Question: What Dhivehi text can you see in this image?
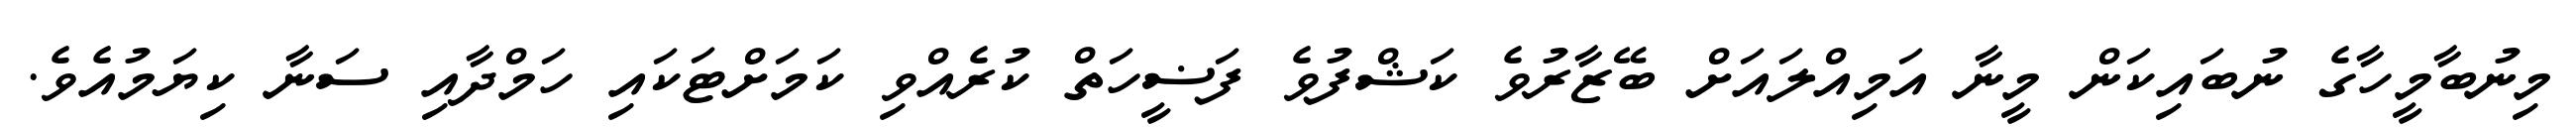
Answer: މިނުބާމީހާގެ ނުބައިކަން މީނާ އަމިއްލައަށް ބޭޒާރުވެ ކަޝްފުވެ ފަޟީހަތް ކުރެއްވި ކަމަށްޓަކައި ހަމްދާއި ސަނާ ކިޔަމުއެވެ.